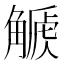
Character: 𧤫